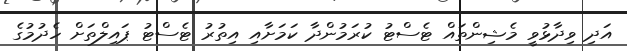
އަދި ވިދާޅުވީ މެޝިންތައް ޓެސްޓު ކުރަމުންދާ ކަމަށާއި އިތުރު ޓެސްޓު ޕައިލްތަށް ހެދުމުގެ